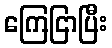
ကြေငြာပြီး